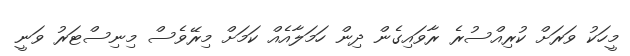
މީހަކު ވަރަށް ކުރިއްސުރެ ރާވައިގެން ދިން ހަމަލާއެއް ކަމަށް މިރޭވެސް މިނިސްޓަރު ވަނީ